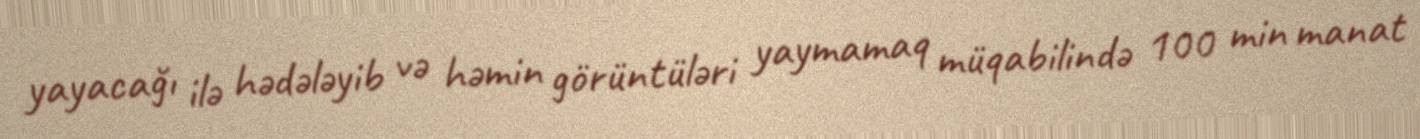
yayacağı ilə hədələyib və həmin görüntüləri yaymamaq müqabilində 100 min manat